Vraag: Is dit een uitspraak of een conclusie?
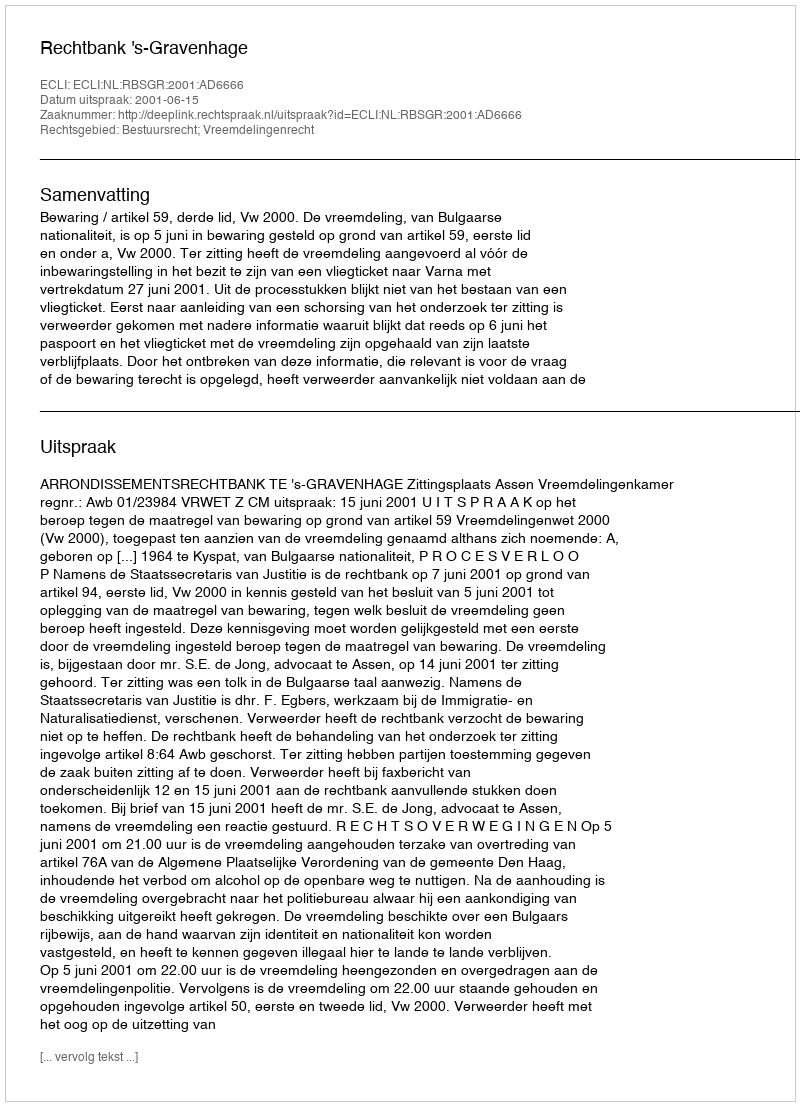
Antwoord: Uitspraak